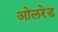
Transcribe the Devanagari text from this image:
ओलरेड